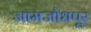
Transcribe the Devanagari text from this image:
जामजोधपूर